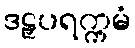
ဒဠှပရက္ကမံ